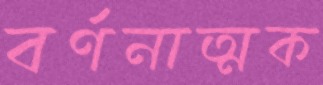
বর্ণনাত্মক